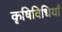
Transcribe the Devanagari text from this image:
कृषिविधियाँ